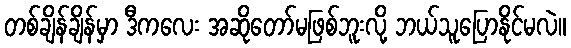
တစ်ချိန်ချိန်မှာ ဒီကလေး အဆိုတော်မဖြစ်ဘူးလို့ ဘယ်သူပြောနိုင်မလဲ။